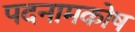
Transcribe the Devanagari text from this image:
पदनामकोष